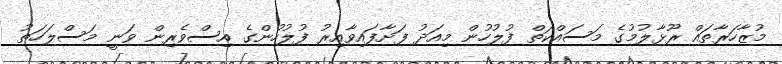
މުޒާހަރާތައް ރޫޅާލުމުގެ މަސައްކަތް ފުލުހުން މިއަދު ފަށާފައިވާއިރު ފުލުހުންގެ އިސްވެރިން ވަނީ މަސްލަހަތު